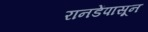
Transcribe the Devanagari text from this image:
रानडेंपासून